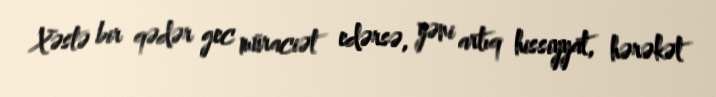
Xəstə bir qədər gec müraciət edərsə, yəni artıq hissiyyat, hərəkət